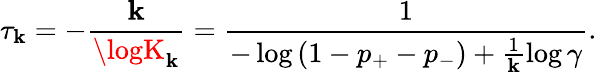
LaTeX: \tau_{\mathbf{k}}=-\frac{{\mathbf{k}}}{{\logK_{\mathbf{k}}}}=\frac{{1}}{{-\log\left(1-p_{+}-p_{-}\right)+\frac{{1}}{{\mathbf{k}}}\log\gamma}}.